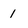
Character: 1